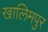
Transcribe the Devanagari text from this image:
खालिमपुर